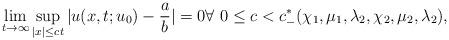
LaTeX: \begin{align*}\lim_{t\to\infty}\sup_{|x|\leq ct}|u(x,t;u_0)-\frac{a}{b}|=0\forall\ 0\leq c< c^*_{-}(\chi_1,\mu_1,\lambda_2,\chi_2,\mu_2,\lambda_2),\end{align*}